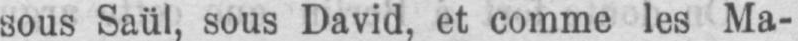
sous Saül, sous David, et comme les Ma-